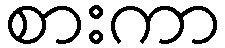
စားကာ